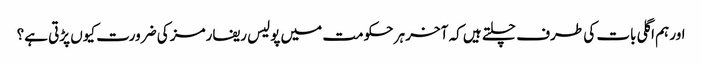
اور ہم اگلی بات کی طرف چلتے ہیں کہ آخر ہر حکومت میں پولیس ریفارمز کی ضرورت کیوں پڑتی ہے؟